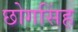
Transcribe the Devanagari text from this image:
छोगसिंह